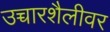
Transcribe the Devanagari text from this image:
उच्चारशैलीवर